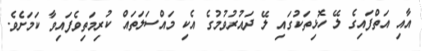
އާއި އަތްފައިގެ ލޭ ހޮޅިތަކުގައި ލޭ ދައުރުވުމުގެ އެކި މައްސަލަތައް ކުރިމަތިވެފައިވާ ކަމަށެވެ.